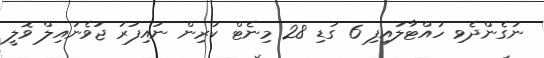
ނުގެންދެވި ހުއްޓާލައިފި 6 ގަޑި 28 މިނެޓް ކުރިން ނައިފަރު ޖުވެނައިލް ވޮލީ